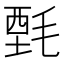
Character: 𰚤